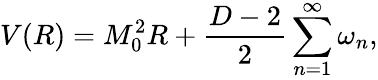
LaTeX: V(R)=M_{0}^{2}R+\frac{D-2}{2}\sum_{n=1}^{\infty}\omega_{n},